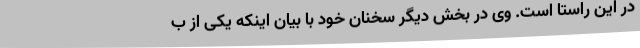
در این راستا است. وی در بخش دیگر سخنان خود با بیان اینکه یکی از ب